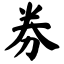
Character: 券